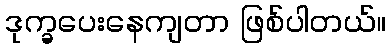
ဒုက္ခပေးနေကျတာ ဖြစ်ပါတယ်။